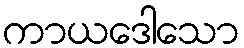
ကာယဒေါသော